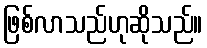
ဖြစ်လာသည်ဟုဆိုသည်။